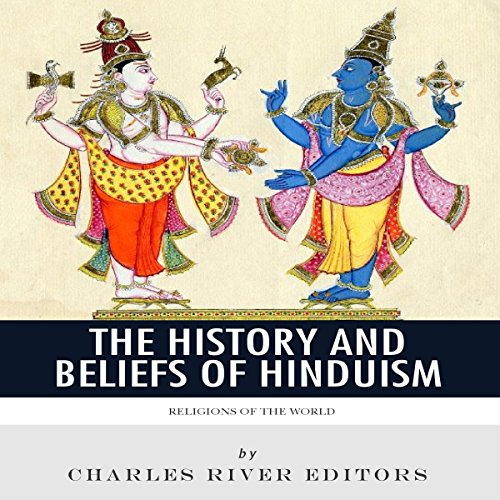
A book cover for Religions of the World: The History and Beliefs of Hinduism;  Charles River Editors; Religion & Spirituality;